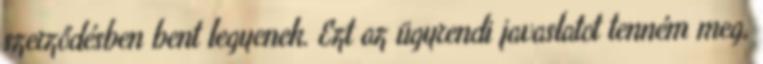
szerződésben bent legyenek. Ezt az ügyrendi javaslatot tenném meg,